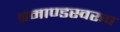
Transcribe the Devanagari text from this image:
ब्रमाण्डस्वरूप